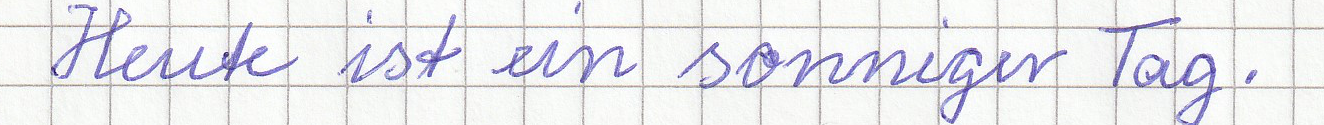
Heute ist ein sonniger Tag.